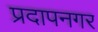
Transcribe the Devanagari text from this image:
प्रदापनगर